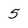
Character: 5